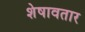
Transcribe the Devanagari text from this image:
शेषावतार